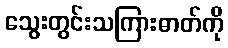
သွေးတွင်းသကြားဓာတ်ကို